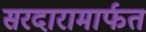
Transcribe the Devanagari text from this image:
सरदारामार्फत